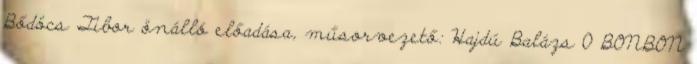
Bődöcs Tibor önálló előadása, műsorvezető: Hajdú Balázs 0 BONBON